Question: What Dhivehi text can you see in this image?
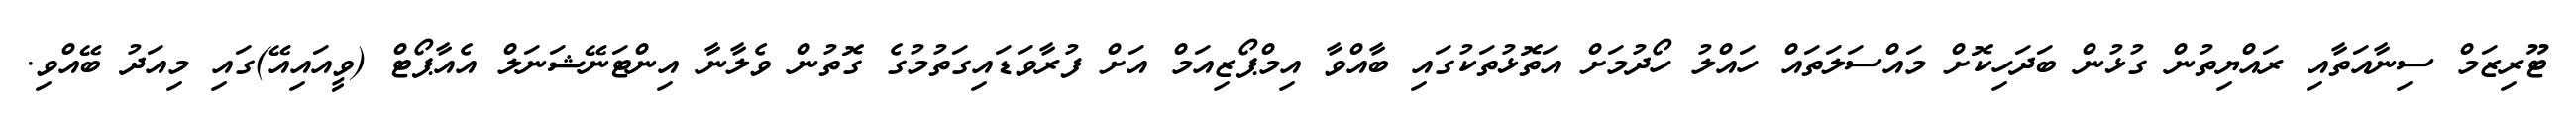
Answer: ޓޫރިޒަމް ސިނާއަތާއި ރައްޔިތުން ގުޅުން ބަދަހިކޮށް މައްސަލަތައް ހައްލު ހޯދުމަށް އަތޮޅުތަކުގައި ބާއްވާ އިމްޕޯޒިއަމް އަށް ފުރާވަޑައިގަތުމުގެ ގޮތުން ވެލާނާ އިންޓަނޭޝަނަލް އެއާޕޯޓް (ވީއައިއޭ)ގައި މިއަދު ބޭއްވި.